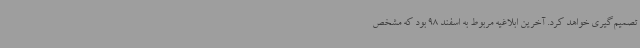
تصمیم‌گیری خواهد کرد. آخرین ابلاغیه مربوط به اسفند 98 بود که مشخص